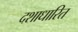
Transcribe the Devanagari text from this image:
दशाधारित